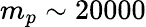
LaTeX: m_{p}\sim 20000